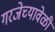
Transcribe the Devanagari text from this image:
गरजेच्यावेळी